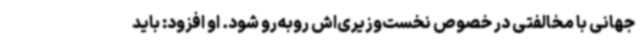
جهانی با مخالفتی در خصوص نخست‌وزیری‌اش روبه‌رو شود. او افزود: باید